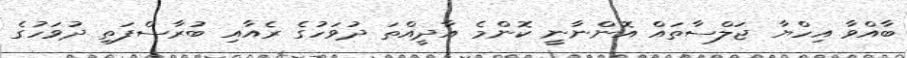
ބާއްވާ އިހްޔާ ޖަލްސާތައް އޮންނާނީ ކޮންމެ އާދީއްތަ ދުވަހުގެ ރެއާއި ބުރާސްފަތި ދުވަހުގެ